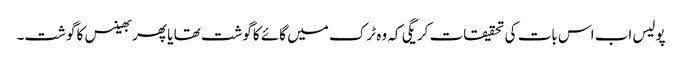
پولیس اب اس بات کی تحقیقات کریگی کہ وہ ٹرک میں گائے کاگوشت تھا یا پھر بھینس کا گوشت۔